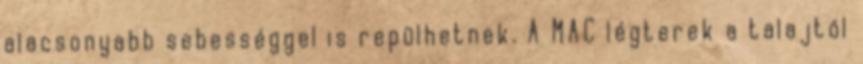
alacsonyabb sebességgel is repülhetnek. A MAC légterek a talajtól